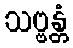
သဗ္ဗန္တံ